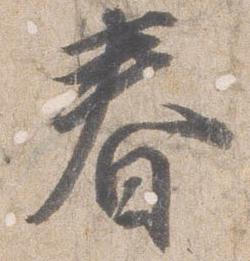
春